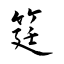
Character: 筳